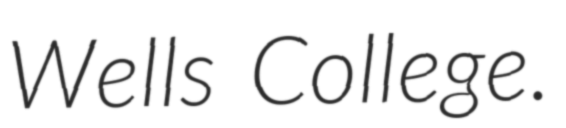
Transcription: Wells College.